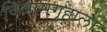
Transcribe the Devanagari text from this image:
विश्रामगृहाला